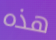
هذه